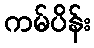
ကမ်ပိန်း